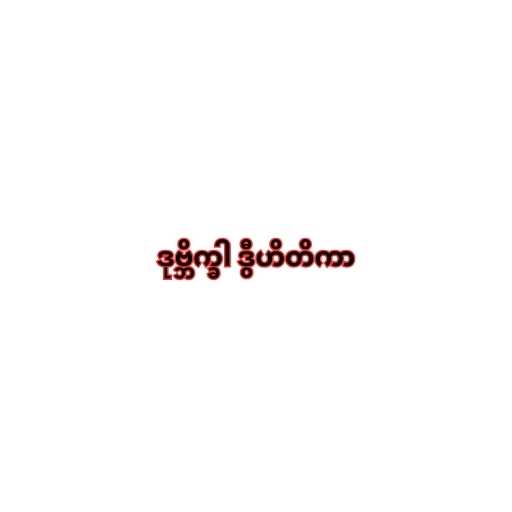
ဒုဗ္ဘိက္ခါ ဒွီဟိတိကာ